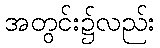
အတွင်း၌လည်း